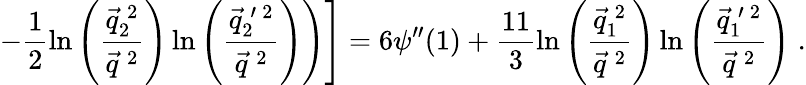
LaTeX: \left.\left.-\frac{1}{2}\ln\left(\frac{\vec{q}_{2}^{\: 2}}{\vec{q}^{\: 2}}\right)\ln\left(\frac{\vec{q}_{2}^{\: \prime\: 2}}{\vec{q}^{\: 2}}\right)\right)\right]=6\psi^{\prime\prime}(1)+\frac{11}{3}\ln\left(\frac{\vec{q}_{1}^{\: 2}}{\vec{q}^{\: 2}}\right)\ln\left(\frac{\vec{q}_{1}^{\: \prime\: 2}}{\vec{q}^{\: 2}}\right)\; .